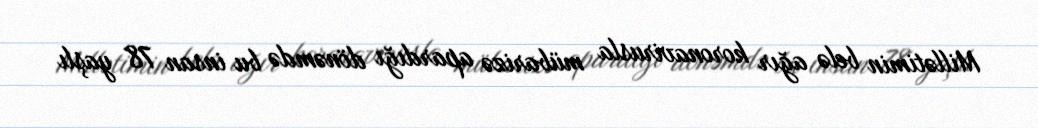
Millətimin belə ağır koronavirusla mübarizə apardığı dönəmdə bu insan 78 yaşlı